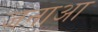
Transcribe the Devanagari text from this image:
जनाआ